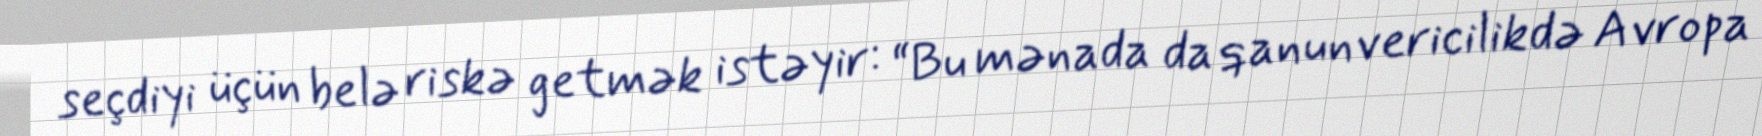
seçdiyi üçün belə riskə getmək istəyir: “Bu mənada da qanunvericilikdə Avropa